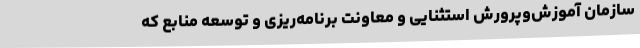
سازمان آموزش‌وپرورش استثنایی و معاونت برنامه‌ریزی و توسعه منابع که